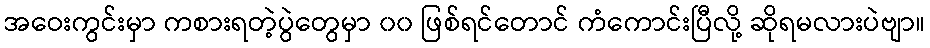
အဝေးကွင်းမှာ ကစားရတဲ့ပွဲတွေမှာ ၀၀ ဖြစ်ရင်တောင် ကံကောင်းပြီလို့ ဆိုရမလားပဲဗျာ။